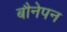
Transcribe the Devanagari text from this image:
बौनेपन